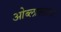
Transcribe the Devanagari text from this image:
ओब्लास्तला